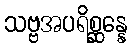
သဗ္ဗအပရိစ္ဆန္နေ